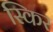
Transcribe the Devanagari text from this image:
स्किर